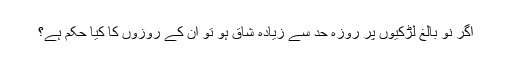
اگر نو بالغ لڑکیوں پر روزہ حد سے زیادہ شاق ہو تو ان کے روزوں کا کیا حکم ہے؟